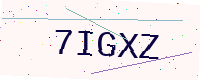
Text: 7IGXZ